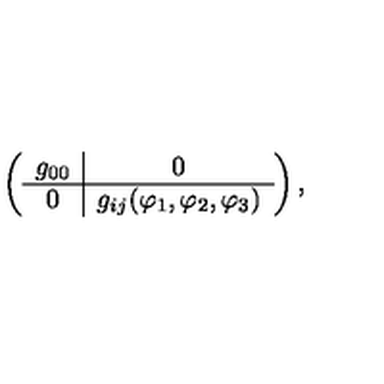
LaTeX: \left( \begin{array} { c | c } { g _ { 0 0 } } & { 0 } \\ \hline { 0 } & { g _ { i j } ( { \varphi } _ { 1 } , { \varphi } _ { 2 } , { \varphi } _ { 3 } ) } \\ \end{array} \right) ,